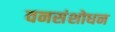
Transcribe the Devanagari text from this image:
वनसंशोधन